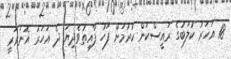
18 އަހަރު ކުލަބުގެ ރައީސްކަން ކުރުމަށް ފަހު ފާއިތުވެދިޔަ ދެ އަހަރު އޮނަރަރީ